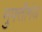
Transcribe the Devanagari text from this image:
मुफ्तीगंज